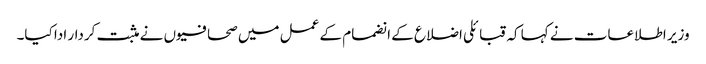
وزیر اطلاعات نے کہا کہ قبائلی اضلاع کے انضمام کے عمل میں صحافیوں نے مثبت کردار ادا کیا۔